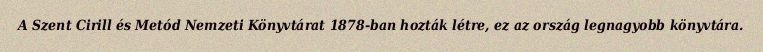
A Szent Cirill és Metód Nemzeti Könyvtárat 1878-ban hozták létre, ez az ország legnagyobb könyvtára.